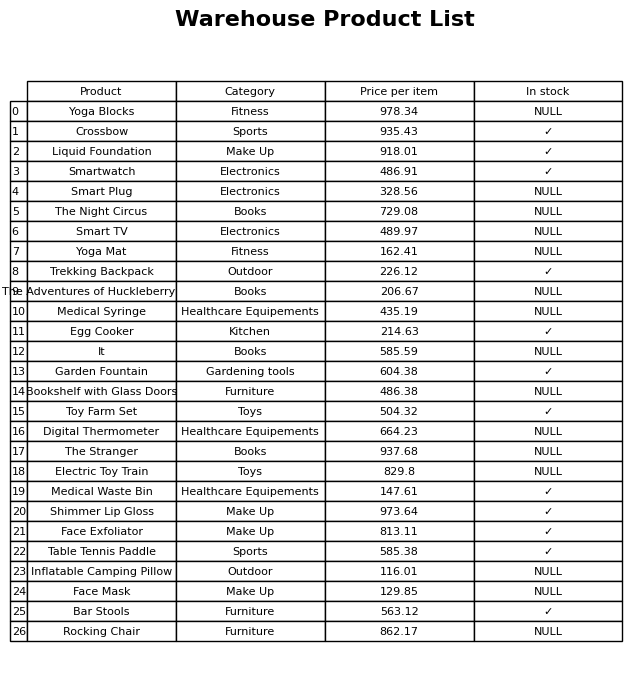
question: Is the Smart Plug in stock?
answer: NULL